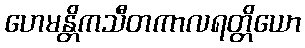
ဟေမန္တိကသီတကာလရတ္တိယော